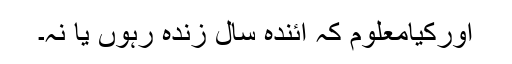
اورکیامعلوم کہ آئندہ سال زندہ رہوں یا نہ۔